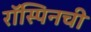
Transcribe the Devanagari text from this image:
रॉस्पिनची